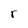
Character: r